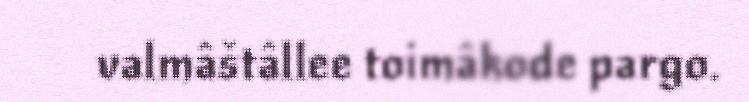
valmâštâllee toimâkode pargo.